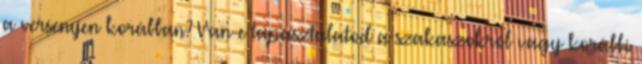
a versenyen korábban? Van-e tapasztalatod a szakaszokról vagy korábbi